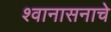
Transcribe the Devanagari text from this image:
श्वानासनाचे